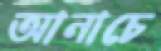
আনাচে